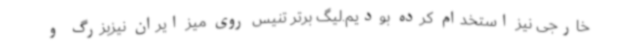
خارجی نیز استخدام کرده بودیم.لیگ برتر تنیس روی میز ایران نیزبزرگ و